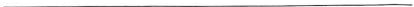
___